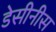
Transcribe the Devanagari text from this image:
डेसीनीस